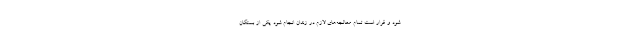
شود و قرار است تمام معالجه‌های لازم در زندان انجام شود. یکی از بستگان